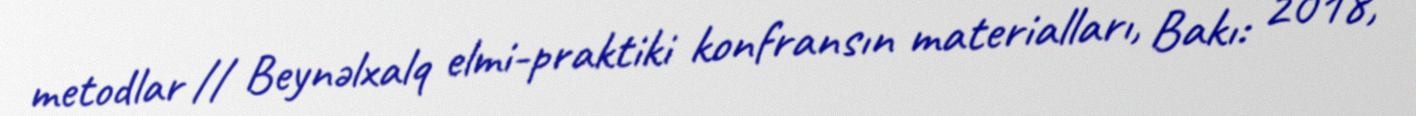
metodlar // Beynəlxalq elmi-praktiki konfransın materialları, Bakı: 2018,